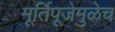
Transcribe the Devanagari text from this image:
मूर्तिपूजेमुळेच